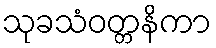
သုခသံဝတ္တနိကာ